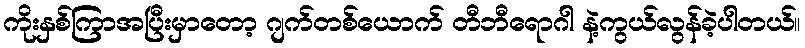
ကိုးနှစ်ကြာအပြီးမှာတော့ ဂျက်တစ်ယောက် တီဘီရောဂါ နဲ့ကွယ်လွန်ခဲ့ပါတယ်။